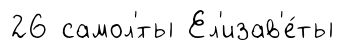
26 самол'́ты Ел'изав'е́ты